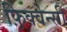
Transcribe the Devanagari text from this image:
फ़्रिक्वेन्सी